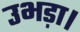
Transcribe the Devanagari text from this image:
उभड़ा।